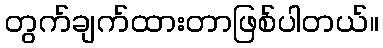
တွက်ချက်ထားတာဖြစ်ပါတယ်။